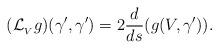
LaTeX: \begin{align*}(\mathcal{L}_{_{V}}g)(\gamma^{\prime},\gamma^{\prime})=2\frac{d}{ds}(g(V,\gamma^{\prime})).\end{align*}